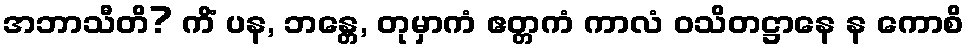
အဘာသီတိ? ကိံ ပန, ဘန္တေ, တုမှာကံ ဧတ္တကံ ကာလံ ဝသိတဋ္ဌာနေ န ကောစိ